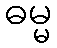
ဓမ္မ